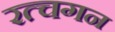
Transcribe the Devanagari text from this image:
रत्चगन